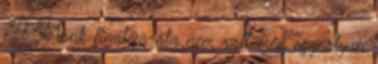
A Monk fináléja óta nem volt még egy olyan